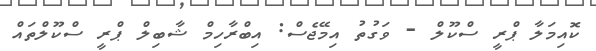
ކޮއިމަލާ ޕްރީ ސްކޫލް - ވަގުތު އިމޭޖެސް: އިބްރާހިމް ޝާބިލް ޕްރީ ސްކޫލްތައް